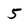
Character: 5